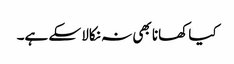
کیا کھانا بھی نہ نکالا سکے ہے۔